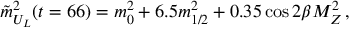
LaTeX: \tilde { m } _ { U _ { L } } ^ { 2 } ( t = 6 6 ) = m _ { 0 } ^ { 2 } + 6 . 5 m _ { 1 / 2 } ^ { 2 } + 0 . 3 5 \cos { 2 \beta } M _ { Z } ^ { 2 } \, ,